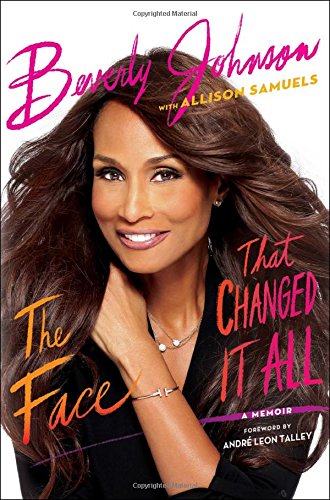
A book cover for The Face That Changed It All: A Memoir; Beverly Johnson; Biographies & Memoirs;